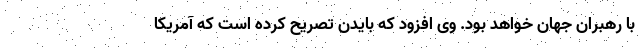
با رهبران جهان خواهد بود. وی افزود که بایدن تصریح کرده است که آمریکا